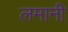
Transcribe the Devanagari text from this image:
लमानी